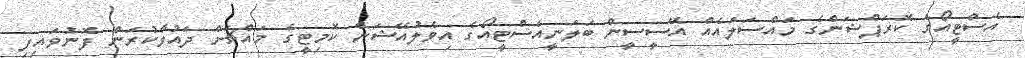
އެސްޓީއޯގެ ކޮރަޕްޝަންގެ މައްސަލައެއް އޭސީސީން ބަލަނީއެސްޓީއޯގެ އިވެލުއޭޝަން ކޮމިޓީގެ މައްޗަށް ދައުވާކުރަން ފޮނުވައިފި